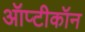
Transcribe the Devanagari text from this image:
ऑप्टीकॉन